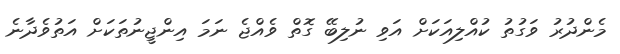
މެންދުރު ވަގުތު ކުއްލިއަކަށް އަވި ނުލިބޭ ގޮތް ވެއްޖެ ނަމަ އިންޖީނުތަކަށް އަތުވެދާނެ